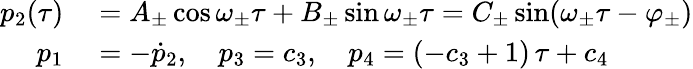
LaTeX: \begin{array}{rl}{p_{2}(\tau)}&{{}=A_{\pm}\cos\omega_{\pm}\tau+B_{\pm}\sin\omega_{\pm}\tau=C_{\pm}\sin(\omega_{\pm}\tau-\varphi_{\pm})}\\ {p_{1}}&{{}=-\dot{p}_{2},~~~~p_{3}=c_{3},~~~~p_{4}=(-c_{3}+1)\, \tau+c_{4}}\end{array}